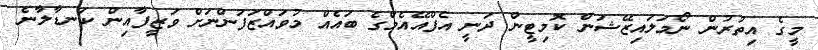
މީގެ އިތުރުން ނޯމަލައިޒޭޝަން ކޮމިޓީން ދަނީ އެފްއޭއެމްގެ ބައެއް މުވައްޒަފުންނަށް ވަޒީފާއިން ކަނޑާލާނެ